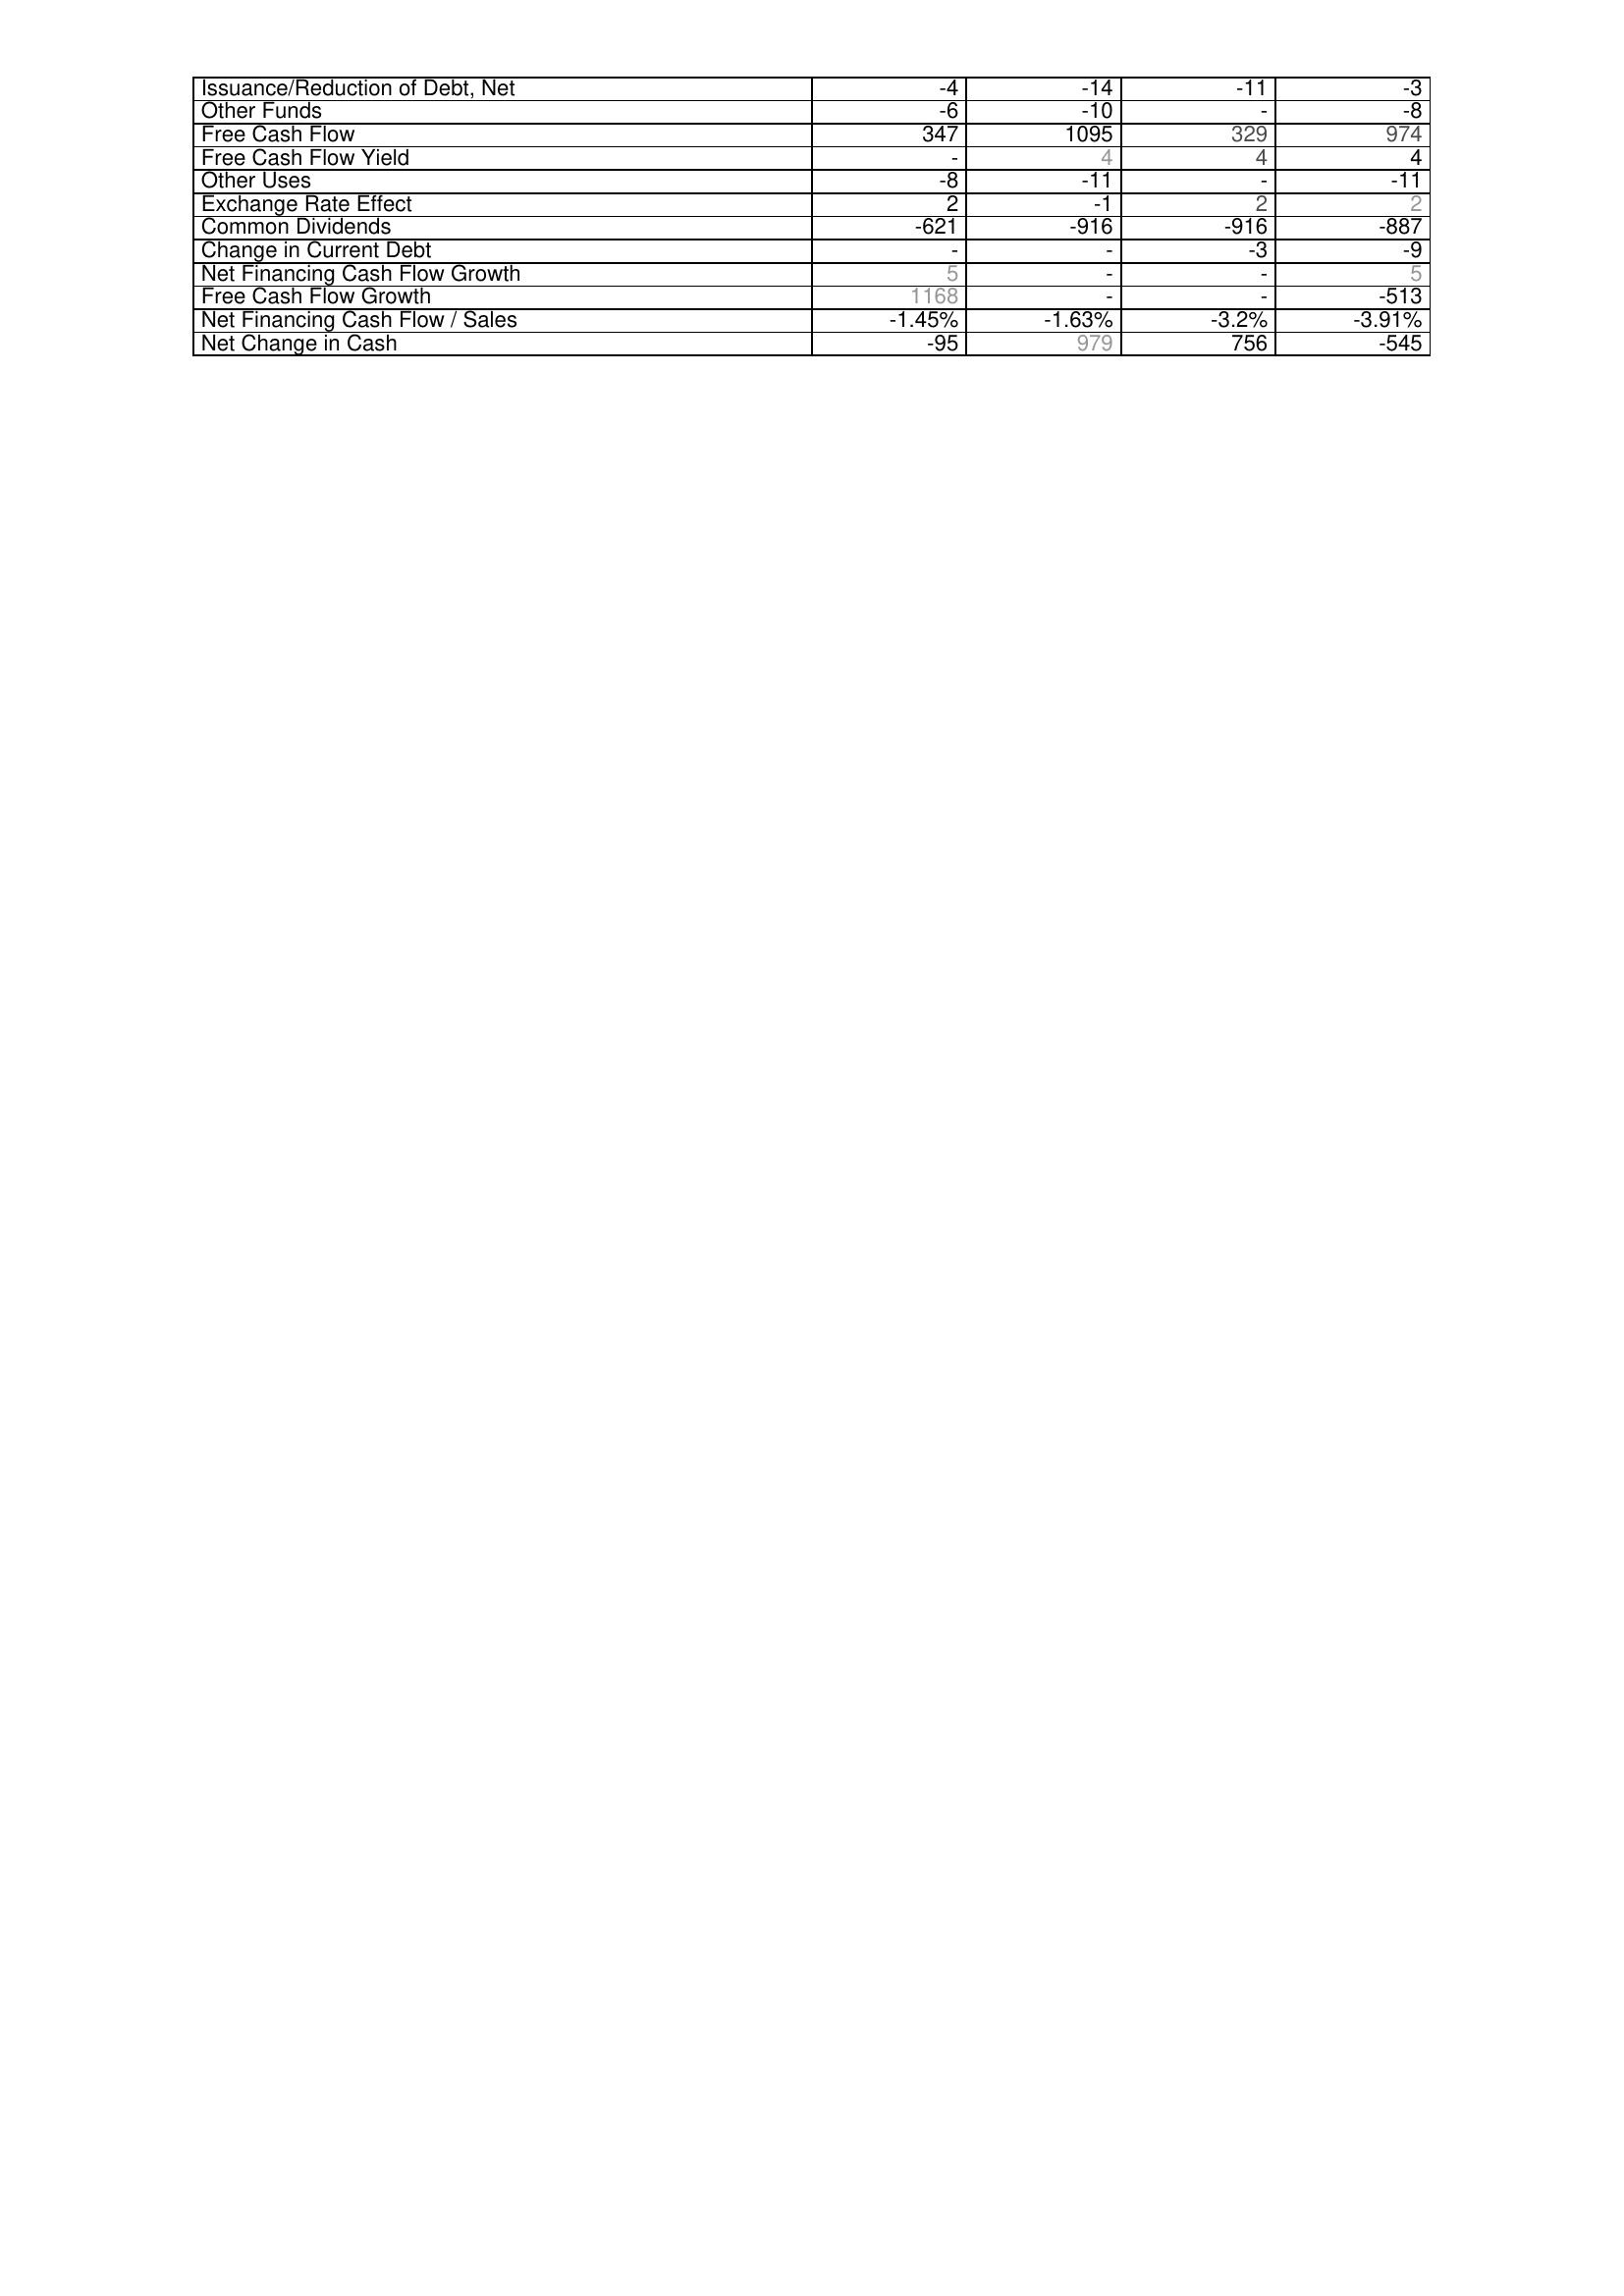
2022: Financing Activities: Issuance/Reduction of Debt, Net: -4
Other Funds: -6
Free Cash Flow: 347
Free Cash Flow Yield: -
Other Uses: -8
Exchange Rate Effect: 2
Common Dividends: -621
Change in Current Debt: -
Net Financing Cash Flow Growth: 5
Free Cash Flow Growth: 1168
Net Financing Cash Flow / Sales: -1.45%
Net Change in Cash: -95
2023: Financing Activities: Issuance/Reduction of Debt, Net: -14
Other Funds: -10
Free Cash Flow: 1095
Free Cash Flow Yield: 4
Other Uses: -11
Exchange Rate Effect: -1
Common Dividends: -916
Change in Current Debt: -
Net Financing Cash Flow Growth: -
Free Cash Flow Growth: -
Net Financing Cash Flow / Sales: -1.63%
Net Change in Cash: 979
2024: Financing Activities: Issuance/Reduction of Debt, Net: -11
Other Funds: -
Free Cash Flow: 329
Free Cash Flow Yield: 4
Other Uses: -
Exchange Rate Effect: 2
Common Dividends: -916
Change in Current Debt: -3
Net Financing Cash Flow Growth: -
Free Cash Flow Growth: -
Net Financing Cash Flow / Sales: -3.2%
Net Change in Cash: 756
2025: Financing Activities: Issuance/Reduction of Debt, Net: -3
Other Funds: -8
Free Cash Flow: 974
Free Cash Flow Yield: 4
Other Uses: -11
Exchange Rate Effect: 2
Common Dividends: -887
Change in Current Debt: -9
Net Financing Cash Flow Growth: 5
Free Cash Flow Growth: -513
Net Financing Cash Flow / Sales: -3.91%
Net Change in Cash: -545